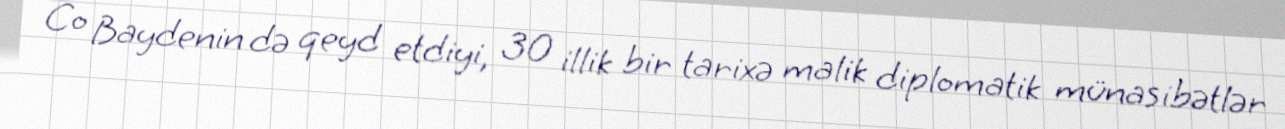
Co Baydenin də qeyd etdiyi, 30 illik bir tarixə malik diplomatik münasibətlər